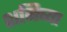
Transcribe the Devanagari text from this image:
शनिच्या